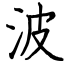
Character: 波